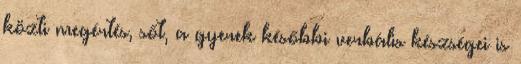
közti megértés, sőt, a gyerek későbbi verbális készségei is